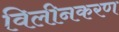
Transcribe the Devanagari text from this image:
विलीनकरण